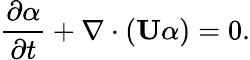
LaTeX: \frac{\partial\alpha}{\partial t}+\nabla\cdot(\textbf{U}\alpha)=0.